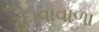
દાવાવાળા